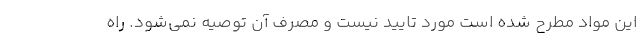
این مواد مطرح شده است مورد تایید نیست و مصرف آن توصیه نمی‌شود. راه